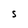
Character: S